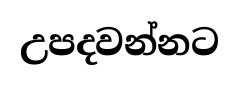
උපදවන්නට